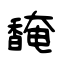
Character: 馣